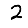
Digit: 2